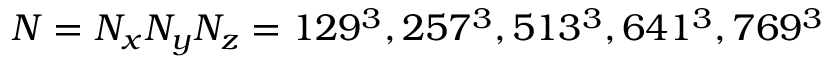
N = N _ { x } N _ { y } N _ { z } = 1 2 9 ^ { 3 } , 2 5 7 ^ { 3 } , 5 1 3 ^ { 3 } , 6 4 1 ^ { 3 } , 7 6 9 ^ { 3 }